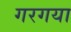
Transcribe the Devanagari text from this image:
गरगया